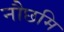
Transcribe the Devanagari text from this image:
नौछमि